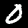
Digit: 0